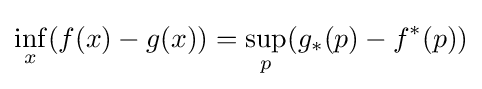
\inf _{x}(f(x)-g(x))=\sup _{p}(g_{*}(p)-f^{*}(p))